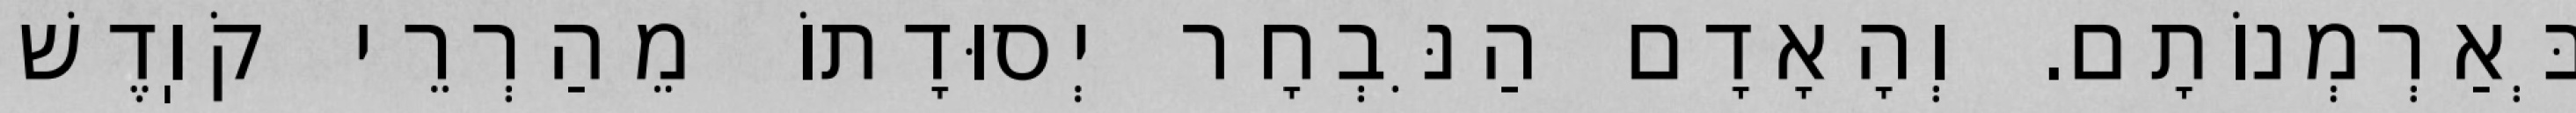
בְּאַרְמְנוֹתָם. וְהָאָדָם הַנִּבְחָר יְסוּדָתוֹ מֵהַרְרֵי קֹוֽדֶשׁ